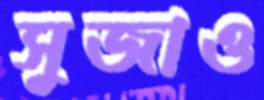
সুজাও